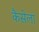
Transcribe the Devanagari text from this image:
कैसेला